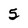
Character: 5